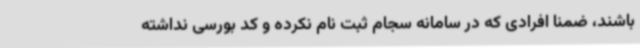
باشند، ضمنا افرادی که در سامانه سجام ثبت نام نکرده و کد بورسی نداشته